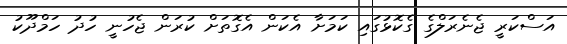
އަސްކަރީ ޖެނެރަލްގެ ގެކޮޅުގައި ކަމަށާ އެކަން އެގޮތަށް ކުރަން ޖެހުނީ ހުދު ހަމްދޫކު